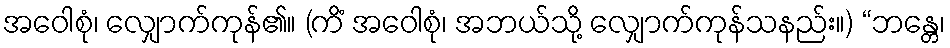
အဝေါစုံ၊ လျှောက်ကုန်၏။ (ကိံ အဝေါစုံ၊ အဘယ်သို့ လျှောက်ကုန်သနည်း။) “ဘန္တေ၊